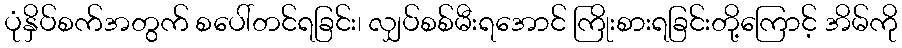
ပုံနှိပ်စက်အတွက် စပေါ်တင်ရခြင်း၊ လျှပ်စစ်မီးရအောင် ကြိုးစားရခြင်းတို့ကြောင့် အိမ်ကို